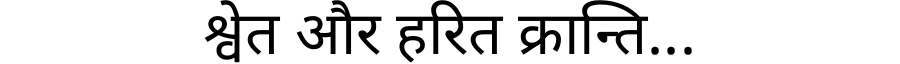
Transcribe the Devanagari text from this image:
श्वेत और हरित क्रान्ति...